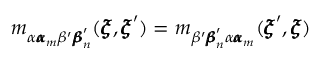
m _ { \alpha { \pmb \alpha } _ { m } \beta ^ { \prime } { \pmb \beta } _ { n } ^ { \prime } } ( { \pmb \xi } , { \pmb \xi } ^ { \prime } ) = m _ { \beta ^ { \prime } { \pmb \beta } _ { n } ^ { \prime } \alpha { \pmb \alpha } _ { m } } ( { \pmb \xi } ^ { \prime } , { \pmb \xi } )